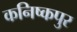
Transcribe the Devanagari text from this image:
कनिष्कपुर